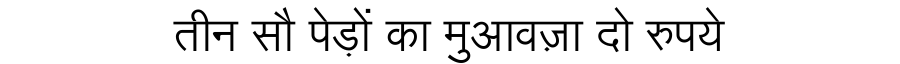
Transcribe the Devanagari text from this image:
तीन सौ पेड़ों का मुआवज़ा दो रुपये